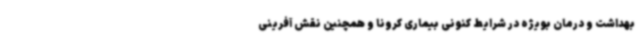
بهداشت و درمان بویژه در شرایط کنونی بیماری کرونا و همچنین نقش آفرینی